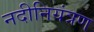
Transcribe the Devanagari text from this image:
नदीनियंत्रण